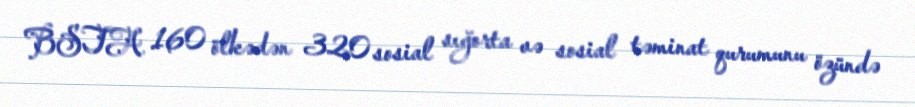
BSTA 160 ölkədən 320 sosial sığorta və sosial təminat qurumunu özündə